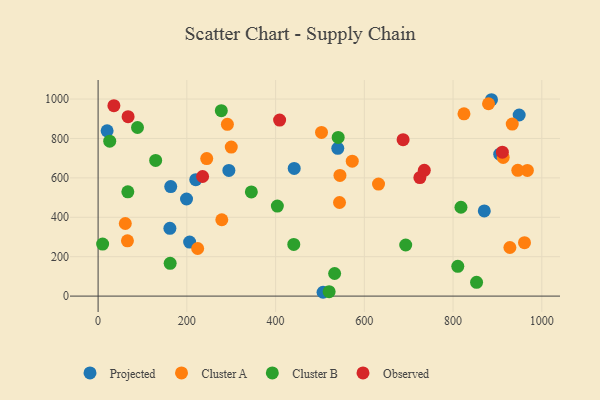
{"axis": {"x": "Study Hours", "y": "Sales"}, "legend": ["Cluster A", "Cluster B", "Observed", "Projected"], "data": [{"x": "220.1", "y": 591.1, "type": "Projected"}, {"x": "20.3", "y": 838.8, "type": "Projected"}, {"x": "905.2", "y": 720.1, "type": "Projected"}, {"x": "199.3", "y": 492.7, "type": "Projected"}, {"x": "294.7", "y": 638.1, "type": "Projected"}, {"x": "442.0", "y": 648.0, "type": "Projected"}, {"x": "949.0", "y": 919.1, "type": "Projected"}, {"x": "540.2", "y": 750.0, "type": "Projected"}, {"x": "886.6", "y": 996.7, "type": "Projected"}, {"x": "870.4", "y": 432.4, "type": "Projected"}, {"x": "161.8", "y": 343.8, "type": "Projected"}, {"x": "163.7", "y": 556.0, "type": "Projected"}, {"x": "507.0", "y": 19.4, "type": "Projected"}, {"x": "206.3", "y": 274.0, "type": "Projected"}, {"x": "879.9", "y": 976.3, "type": "Cluster A"}, {"x": "632.0", "y": 568.6, "type": "Cluster A"}, {"x": "967.5", "y": 637.7, "type": "Cluster A"}, {"x": "244.8", "y": 698.2, "type": "Cluster A"}, {"x": "928.1", "y": 246.7, "type": "Cluster A"}, {"x": "61.3", "y": 368.5, "type": "Cluster A"}, {"x": "66.1", "y": 280.6, "type": "Cluster A"}, {"x": "224.4", "y": 241.7, "type": "Cluster A"}, {"x": "300.1", "y": 756.3, "type": "Cluster A"}, {"x": "545.1", "y": 612.4, "type": "Cluster A"}, {"x": "572.8", "y": 684.9, "type": "Cluster A"}, {"x": "961.0", "y": 271.1, "type": "Cluster A"}, {"x": "824.6", "y": 925.0, "type": "Cluster A"}, {"x": "544.1", "y": 475.1, "type": "Cluster A"}, {"x": "278.8", "y": 387.5, "type": "Cluster A"}, {"x": "933.4", "y": 872.9, "type": "Cluster A"}, {"x": "945.9", "y": 638.4, "type": "Cluster A"}, {"x": "291.4", "y": 872.0, "type": "Cluster A"}, {"x": "503.5", "y": 830.7, "type": "Cluster A"}, {"x": "913.0", "y": 703.9, "type": "Cluster A"}, {"x": "67.0", "y": 529.3, "type": "Cluster B"}, {"x": "520.7", "y": 22.2, "type": "Cluster B"}, {"x": "277.7", "y": 941.3, "type": "Cluster B"}, {"x": "533.1", "y": 114.8, "type": "Cluster B"}, {"x": "441.0", "y": 262.4, "type": "Cluster B"}, {"x": "345.4", "y": 528.5, "type": "Cluster B"}, {"x": "693.3", "y": 259.4, "type": "Cluster B"}, {"x": "810.7", "y": 151.0, "type": "Cluster B"}, {"x": "817.8", "y": 451.0, "type": "Cluster B"}, {"x": "541.1", "y": 805.2, "type": "Cluster B"}, {"x": "129.7", "y": 688.4, "type": "Cluster B"}, {"x": "853.0", "y": 70.0, "type": "Cluster B"}, {"x": "10.2", "y": 264.2, "type": "Cluster B"}, {"x": "88.8", "y": 855.6, "type": "Cluster B"}, {"x": "404.0", "y": 456.9, "type": "Cluster B"}, {"x": "26.2", "y": 786.2, "type": "Cluster B"}, {"x": "162.4", "y": 166.2, "type": "Cluster B"}, {"x": "911.1", "y": 730.5, "type": "Observed"}, {"x": "725.2", "y": 601.7, "type": "Observed"}, {"x": "35.6", "y": 966.6, "type": "Observed"}, {"x": "687.4", "y": 794.1, "type": "Observed"}, {"x": "735.2", "y": 638.4, "type": "Observed"}, {"x": "409.1", "y": 893.2, "type": "Observed"}, {"x": "67.6", "y": 910.8, "type": "Observed"}, {"x": "235.5", "y": 607.1, "type": "Observed"}]}